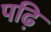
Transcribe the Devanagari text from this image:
पढ़ि